Scientific memoirs by medical officers of the Army of India - Part VI,
Year: 1891
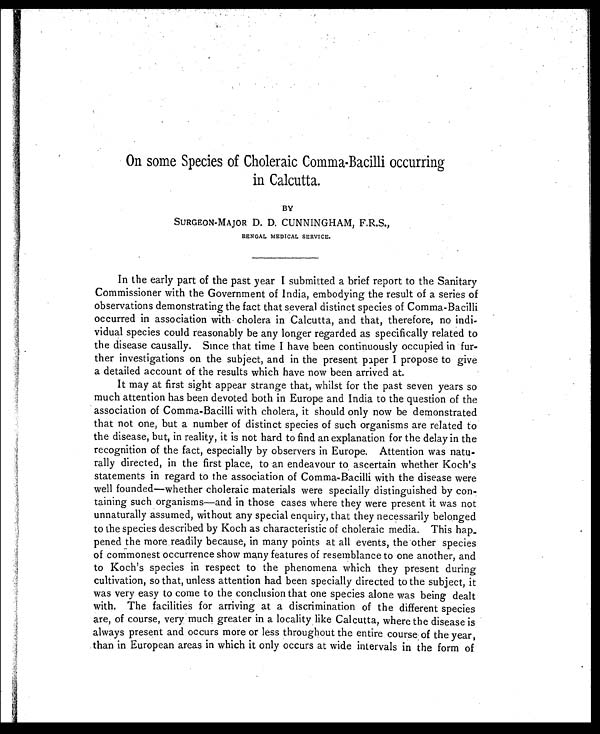
On some Species of Choleraic Comma-Bacilli occurring
in Calcutta.
BY
SURGEON-MAJOR D. D. CUNNINGHAM, F.R.S.
BENGAL MEDICAL SERVICE.
In the early part of the past year I submitted a brief report to the Sanitary
Commissioner with the Government of India embodying the result of a series of
observations demonstrating the fact that several distinct species of Comma-Bacilli
occurred in association with cholera in Calcutta and that therefore no indi-
vidual species could reasonably be any longer regarded as specifically related to
the disease causally. Since that time I have been continuously occupied in fur-
ther investigations on the subject and in the present paper I propose to give
a detailed account of the results which have now been arrived at.
It may at first sight appear strange that whilst for the past seven years so
much attention has been devoted both in Europe and India to the question of the
association of Comma-Bacilli with cholera it should only now be demonstrated
that not one but a number of distinct species of such organisms are related to
the disease but in reality it is not hard to find an explanation for the delay in the
recognition of the fact especially by observers in Europe. Attention was natu-
rally directed in the first place to an endeavour to ascertain whether Koch's
statements in regard to the association of Comma-Bacilli with the disease were
well founded—whether choleraic materials were specially distinguished by con-
taining such organisms—and in those cases where they were present it was not
unnaturally assumed without any special enquiry that they necessarily belonged
to the species described by Koch as characteristic of choleraic media. This hap–
pened the more readily because in many points at all events the other species
of commonest occurrence show many features of resemblance to one another and
to Koch's species in respect to the phenomena which they present during
cultivation so that unless attention had been specially directed to the subject it
was very easy to come to the conclusion that one species alone was being dealt
with. The facilities for arriving at a discrimination of the different species
are of course very much greater in a locality like Calcutta where the disease is
always present and occurs more or less throughout the entire course of the year
than in European areas in which it only occurs at wide intervals in the form of